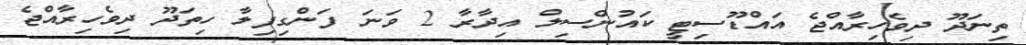
ތިނަދޫ ދިވެހިރާއްޖެ އައްޑޫސިޓީ ކައުންސިލް އިދާރާ 2 ވަނަ ފަންގިފިލާ ހިތަދޫ ދިވެހިރާއްޖެ